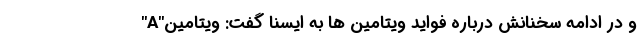
و در ادامه سخنانش درباره فواید ویتامین ها به ایسنا گفت: ویتامین"A"